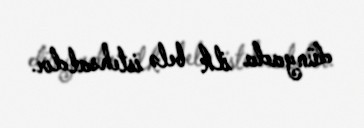
dünyada ilk belə istehsaldır.